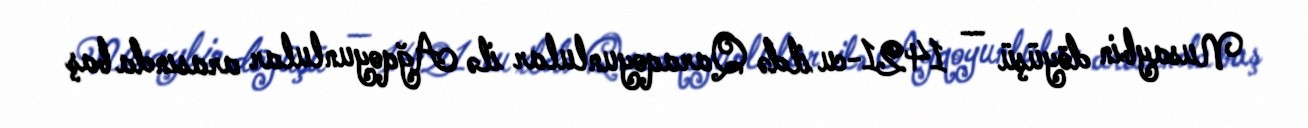
Nusaybin döyüşü — 1421-cu ildə Qaraqoyunlular ilə Ağqoyunlular arasında baş